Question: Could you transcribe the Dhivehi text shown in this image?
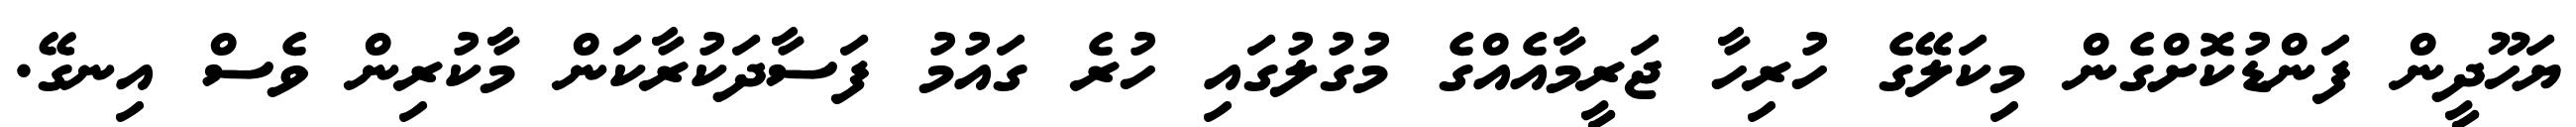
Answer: ޔަހޫދީން ފަންޑުކޮށްގެން މިކަލޭގެ ހުރިހާ ޖަރީމާއެއްގެ މުގުލުގައި ހުރެ ގައުމު ފަސާދަކުރާކަން މާކުރިން ވެސް އިނގޭ.